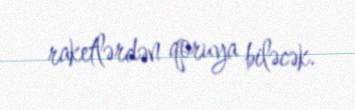
raketlərdən qoruya biləcək.